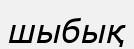
шыбық